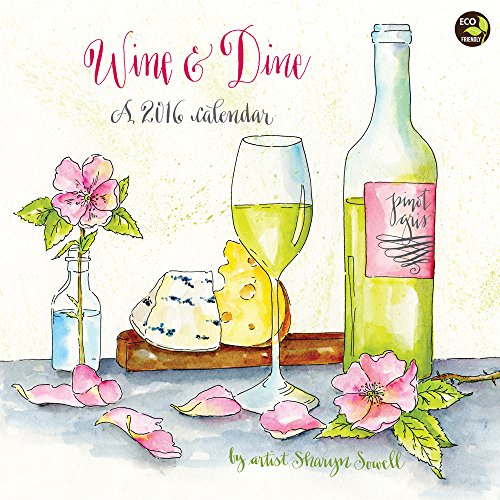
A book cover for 2016 Wine and Dine Wall Calendar; Sharyn Sowell; Calendars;